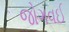
જોગવઈ